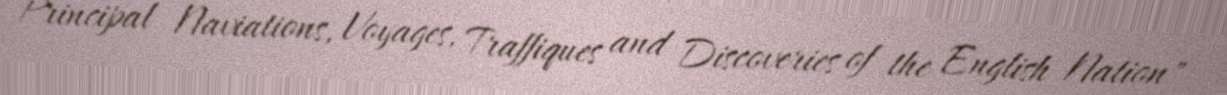
Principal Naviations, Voyages, Traffiques and Discoveries of the English Nation"